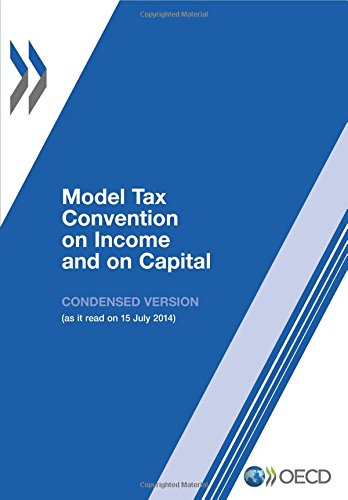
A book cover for Model Tax Convention on Income and on Capital: Condensed Version 2014: Edition 2014 (Volume 2014); Oecd Organisation For Economic Co-Operation And Development; Law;